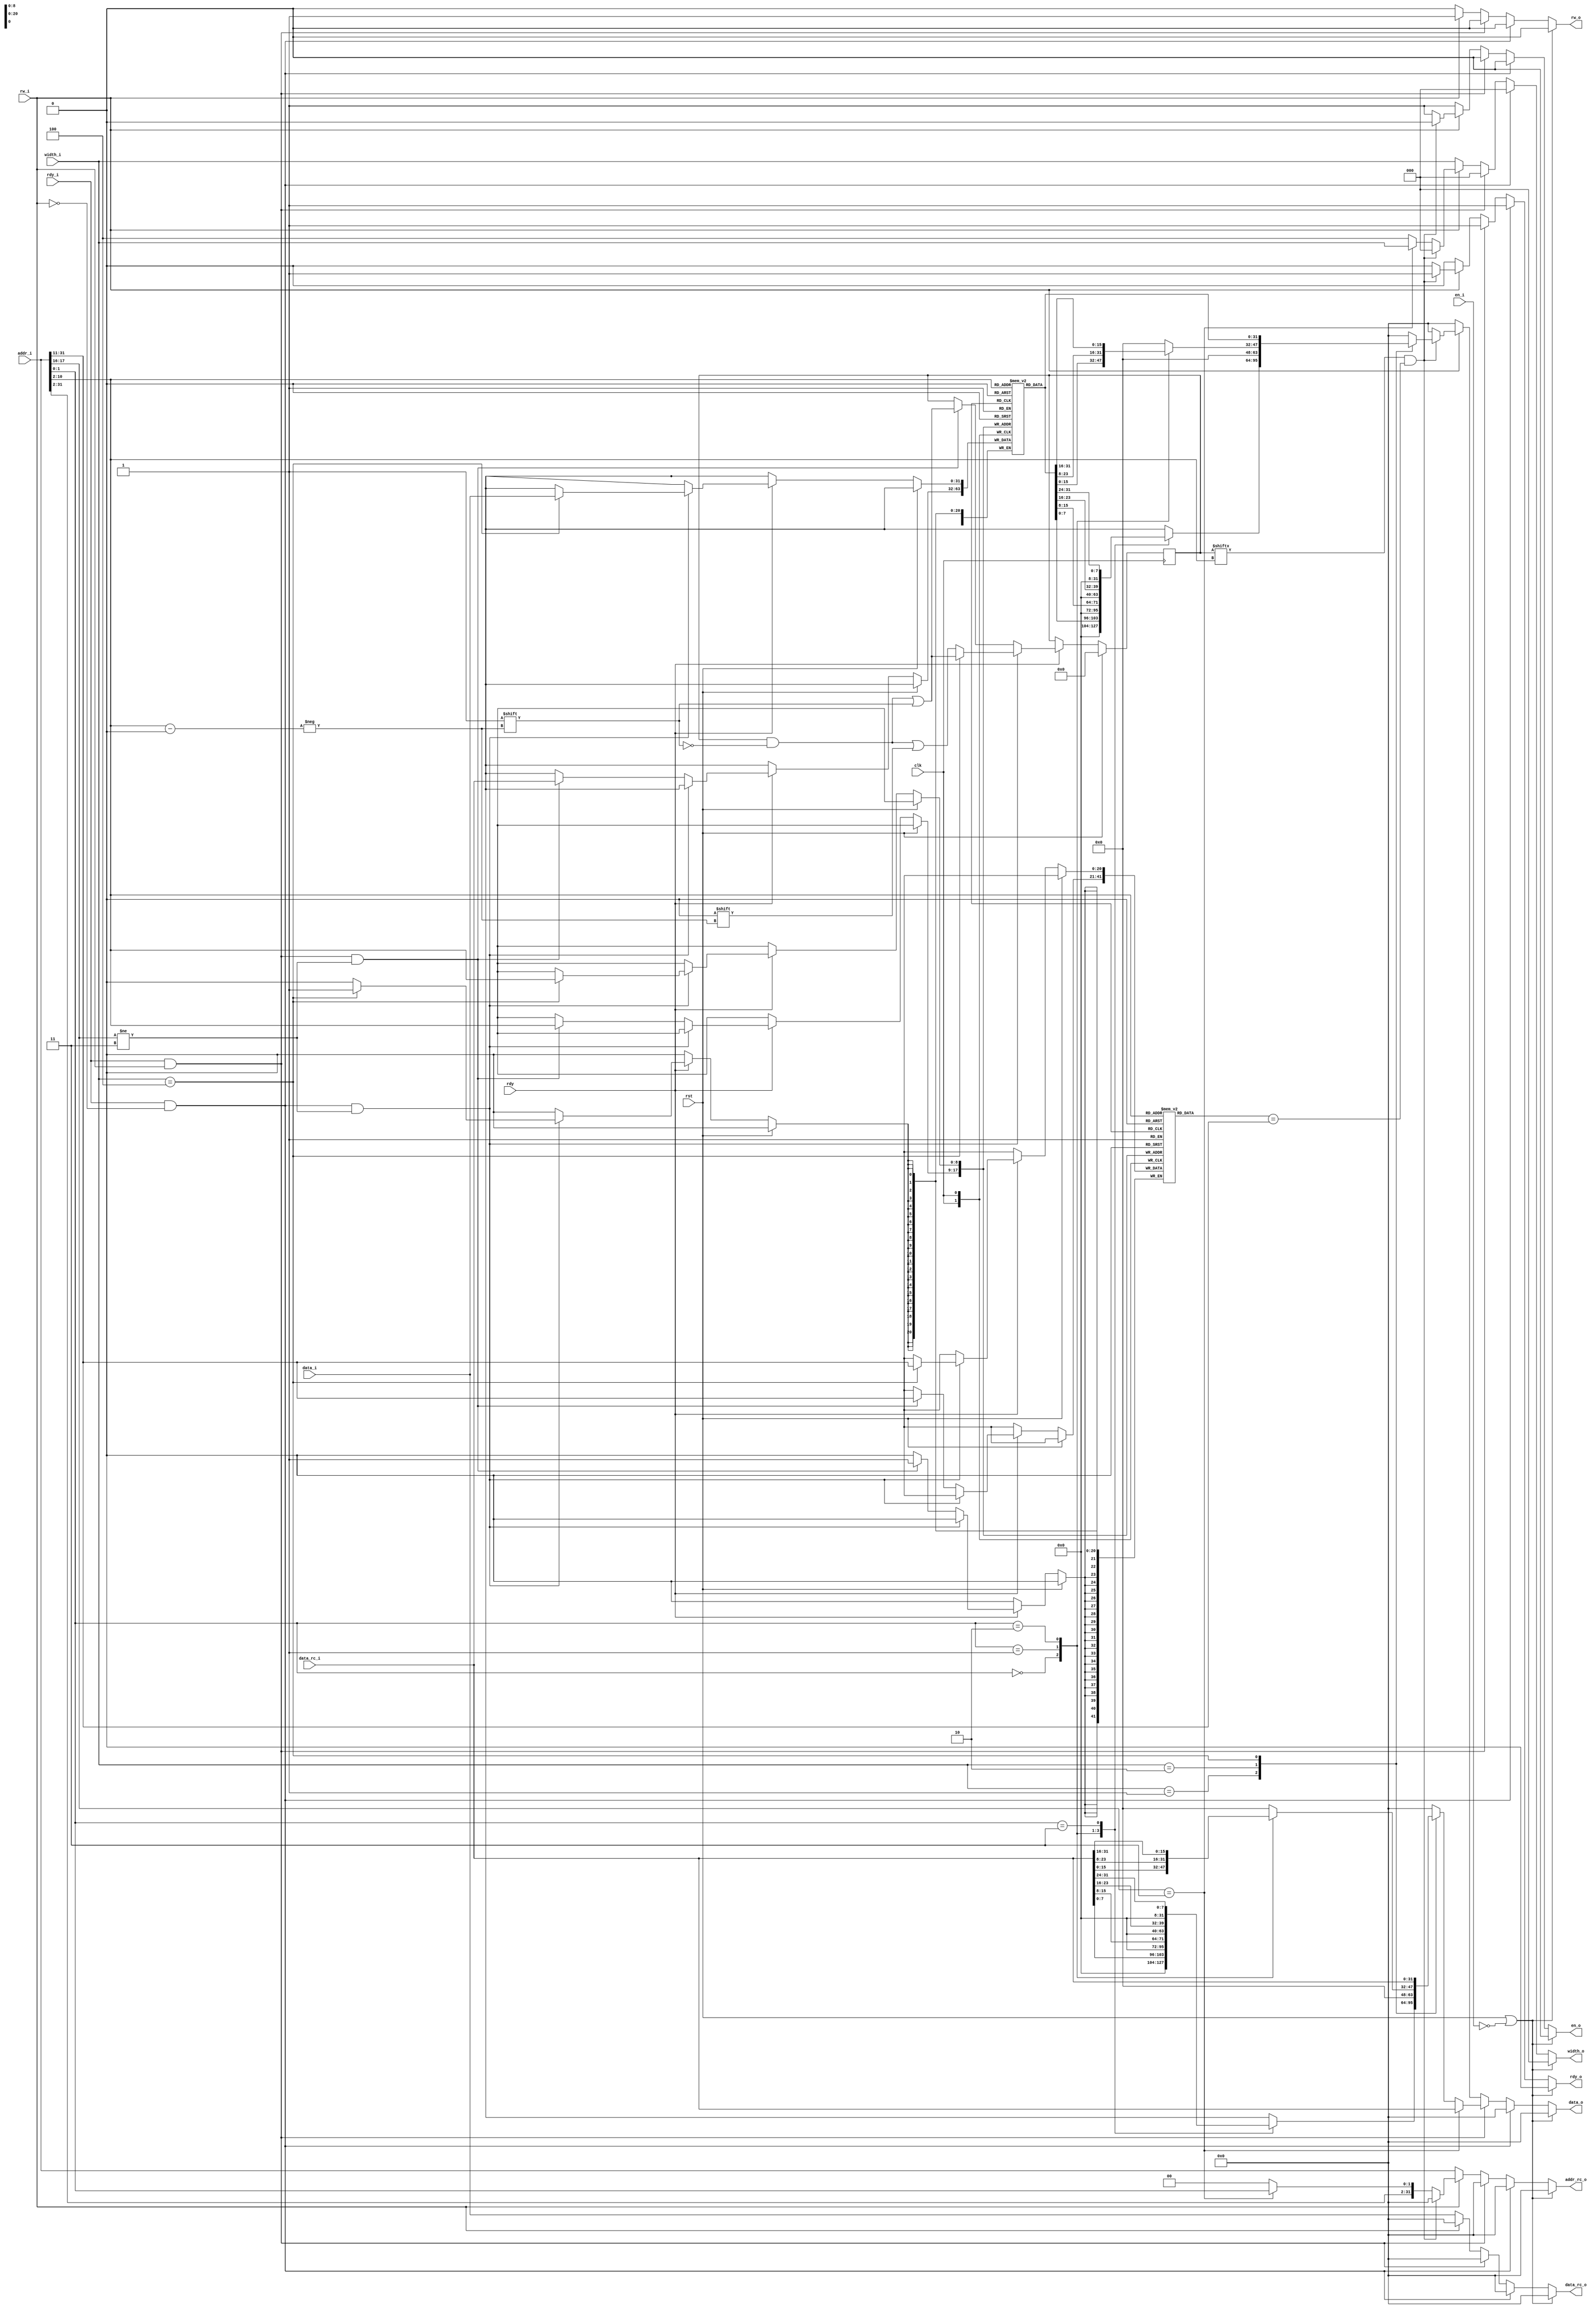
module datacache(
    input wire clk,
    input wire rst,
    input wire rdy,

    input wire en_i,
    input wire rw_i,
    input wire[2:0] width_i,
    input wire[31:0] addr_i,
    input wire[31:0] data_i,
    output reg rdy_o,
    output reg[31:0] data_o,
    //RC
    input wire rdy_i,
    input wire[31:0] data_rc_i,
    output reg en_o,
    output reg rw_o,
    output reg[2:0] width_o,
    output reg[31:0] addr_rc_o,
    output reg[31:0] data_rc_o
);


reg[31:0] cache[511:0];
reg[20:0] tag[511:0];
reg[511:0] valid;

always @ (posedge clk) begin
    if (rst) begin
        valid <= 1'b0;
    end
    else if (rdy) begin
        if (rdy_i && !rw_i && addr_i[17:16] != 2'b11) begin
            if (width_i == 3'h4) begin
                tag[addr_i[10:2]] <= addr_i[31:11];
                cache[addr_i[10:2]] <= data_i;
                valid[addr_i[10:2]] <= 1'b1;
            end
            else begin
                valid[addr_i[10:2]] <= 1'b0;
            end
        end
        else if (rdy_i && rw_i && addr_i[17:16] != 2'b11) begin
            tag[addr_i[10:2]] <= addr_i[31:11];
            cache[addr_i[10:2]] <= data_rc_i;
            valid[addr_i[10:2]] <= 1'b1;
        end
    end
end

always @ (*) begin
    if (rst || !en_i) begin
        rdy_o = 1'b0;
        data_o = 32'b0;
        en_o = 1'b0;
        rw_o = 1'b0;
        width_o = 1'b0;
        addr_rc_o = 32'b0;
        data_rc_o = 32'b0;
    end
    else if (rdy_i && !rw_i) begin
        rdy_o = 1'b1;
        data_o = 32'b0;
        en_o = 1'b0;
        rw_o = 1'b0;
        width_o = 1'b0;
        addr_rc_o = 32'b0;
        data_rc_o = 32'b0;
    end
    else if (rdy_i && rw_i) begin
        rdy_o = 1'b1;
        if (addr_i[17:16] == 2'b11) begin
            data_o = data_rc_i;
        end
        else begin
            case (width_i)
                3'h1: begin
                    case (addr_i[1:0])
                        2'b00:
                            data_o = {24'b0, data_rc_i[7:0]};
                        2'b01:
                            data_o = {24'b0, data_rc_i[15:8]};
                        2'b10:
                            data_o = {24'b0, data_rc_i[23:16]};
                        2'b11:
                            data_o = {24'b0, data_rc_i[31:24]};
                        default:
                            data_o = 32'b0;
                    endcase
                end
                3'h2: begin
                    case (addr_i[1:0])
                        2'b00:
                            data_o = {16'b0, data_rc_i[15:0]};
                        2'b01:
                            data_o = {16'b0, data_rc_i[23:8]};
                        2'b10:
                            data_o = {16'b0, data_rc_i[31:16]};
                        default: 
                            data_o = 32'b0;
                    endcase
                end
                3'h4: begin
                    data_o = data_rc_i;
                end
                default: 
                    data_o = 32'b0;
            endcase
        end
        en_o = 1'b0;
        rw_o = 1'b0;
        width_o = 1'b0;
        addr_rc_o = 32'b0;
        data_rc_o = 32'b0;
    end
    else if (!rw_i) begin
        rdy_o = 1'b0;
        data_o = 32'b0;
        en_o = 1'b1;
        rw_o = 1'b0;
        addr_rc_o = addr_i;
        data_rc_o = data_i;
        width_o = width_i;
    end
    else begin
        rdy_o = 1'b0;
        data_o = 32'b0;
        en_o = 1'b0;
        rw_o = 1'b1;
        width_o = 1'b0;
        addr_rc_o = 32'b0;
        data_rc_o = 32'b0;
        if (valid[addr_i[10:2]] && tag[addr_i[10:2]] == addr_i[31:11]) begin
            rdy_o = 1'b1;
            case (width_i)
                3'h1: begin
                    case (addr_i[1:0])
                        2'b00:
                            data_o = {24'b0, cache[addr_i[10:2]][7:0]};
                        2'b01:
                            data_o = {24'b0, cache[addr_i[10:2]][15:8]};
                        2'b10:
                            data_o = {24'b0, cache[addr_i[10:2]][23:16]};
                        2'b11:
                            data_o = {24'b0, cache[addr_i[10:2]][31:24]};
                        default:
                            data_o = 32'b0;
                    endcase
                end
                3'h2: begin
                    case (addr_i[1:0])
                        2'b00:
                            data_o = {16'b0, cache[addr_i[10:2]][15:0]};
                        2'b01:
                            data_o = {16'b0, cache[addr_i[10:2]][23:8]};
                        2'b10:
                            data_o = {16'b0, cache[addr_i[10:2]][31:16]};
                        default: 
                            data_o = 32'b0;
                    endcase
                end
                3'h4: begin
                    data_o = cache[addr_i[10:2]];
                end
                default: 
                    data_o = 32'b0;
            endcase
        end
        else begin
            en_o = 1'b1;
            if (addr_i[17:16] == 2'b11) begin
                width_o = width_i;
                addr_rc_o = addr_i;
            end
            else begin
                width_o = 3'h4;
                addr_rc_o = {addr_i[31:2], 2'b0};
            end
        end
    end
end

endmodule // datacache